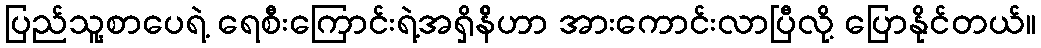
ပြည်သူ့စာပေရဲ့ ရေစီးကြောင်းရဲ့အရှိန်ိဟာ အားကောင်းလာပြီလို့ ပြောနိုင်တယ်။